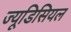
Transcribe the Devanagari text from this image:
ज्यूडिसियल